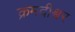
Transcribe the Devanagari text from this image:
क्रमदीश्वर